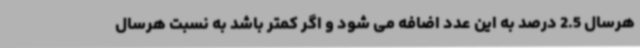
هرسال 2.5 درصد به این عدد اضافه می شود و اگر کمتر باشد به نسبت هرسال